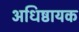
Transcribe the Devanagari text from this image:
अधिष्ठायक